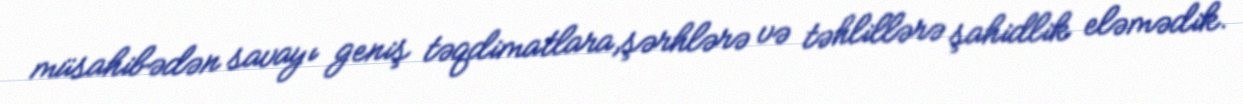
müsahibədən savayı geniş təqdimatlara,şərhlərə və təhlillərə şahidlik eləmədik.